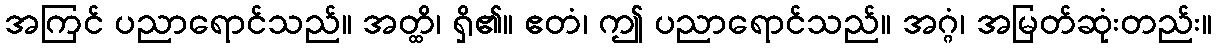
အကြင် ပညာရောင်သည်။ အတ္ထိ၊ ရှိ၏။ ဧတံ၊ ဤ ပညာရောင်သည်။ အဂ္ဂံ၊ အမြတ်ဆုံးတည်း။